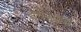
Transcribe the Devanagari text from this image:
टॉलग्रास